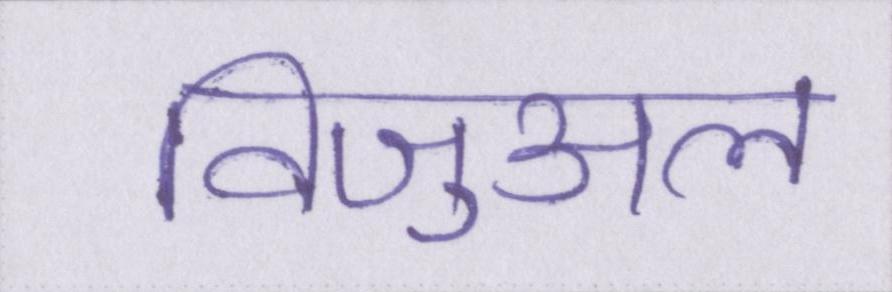
विजुअल